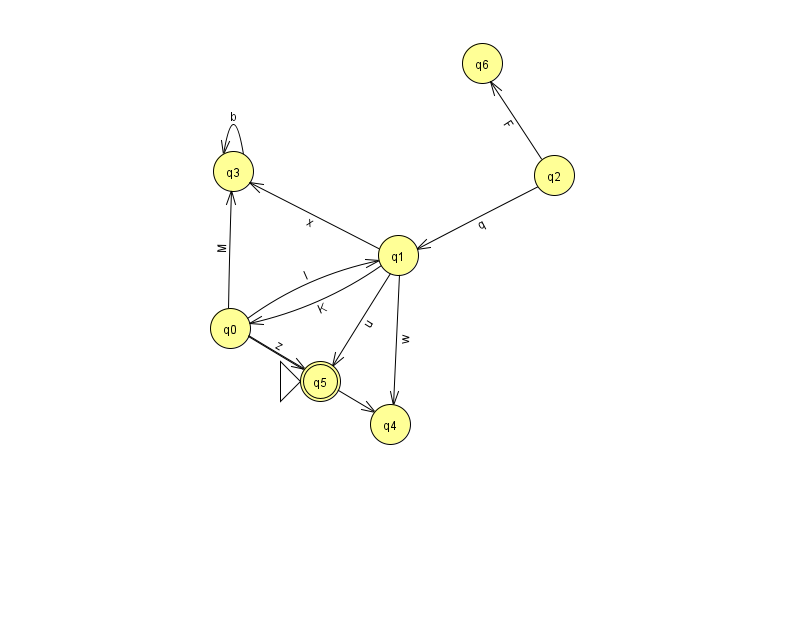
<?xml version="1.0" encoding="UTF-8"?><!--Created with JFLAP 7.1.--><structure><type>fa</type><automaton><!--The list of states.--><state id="0" name="q0"><x>230.0</x><y>315.0</y></state><state id="1" name="q1"><x>398.0</x><y>242.0</y></state><state id="2" name="q2"><x>554.0</x><y>162.0</y></state><state id="3" name="q3"><x>233.0</x><y>158.0</y></state><state id="4" name="q4"><x>390.0</x><y>411.0</y></state><state id="5" name="q5"><x>320.0</x><y>368.0</y><initial/><final/></state><state id="6" name="q6"><x>482.0</x><y>50.0</y></state><!--The list of transitions.--><transition><from>3</from><to>3</to><read>b</read></transition><transition><from>0</from><to>1</to><read>I</read></transition><transition><from>0</from><to>3</to><read>M</read></transition><transition><from>0</from><to>4</to><read>K</read></transition><transition><from>1</from><to>0</to><read>K</read></transition><transition><from>2</from><to>1</to><read>q</read></transition><transition><from>1</from><to>4</to><read>w</read></transition><transition><from>1</from><to>5</to><read>u</read></transition><transition><from>2</from><to>6</to><read>F</read></transition><transition><from>0</from><to>5</to><read>z</read></transition><transition><from>1</from><to>3</to><read>x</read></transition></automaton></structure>